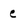
Character: e